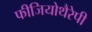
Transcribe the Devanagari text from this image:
फीजियोथैरेपी